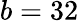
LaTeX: b=32